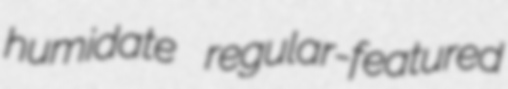
humidate regular-featured